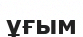
ұғым